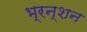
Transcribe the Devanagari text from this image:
भ्रन्शन